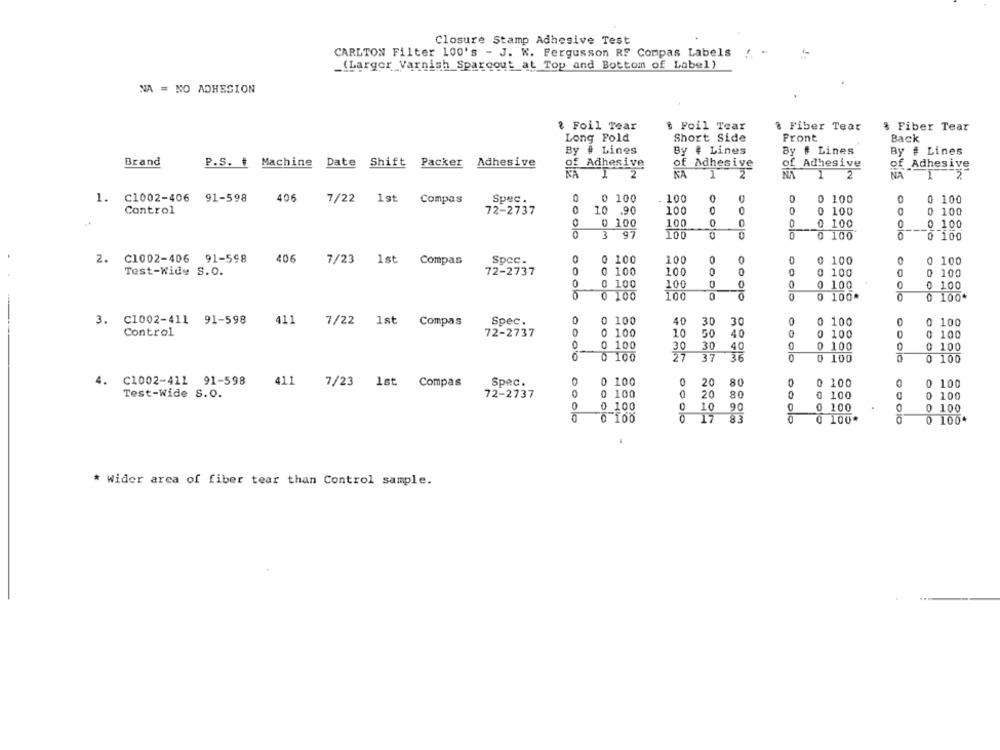
Closure Stamp Adhesive Test
CARLTON Filter 100's - J. W. Fergusson RS Compas Labels
(Larger_Varnish Sparcout at Top and Bottom of Label)
NA = NO ADHESION
@ Foil Tear
$ Foil Tear
& Fiber Tear
8 Fiber Tear
Long Pold
Short Side
Front
Back
By # Lines
By # Lines
By # Lines
By # Lines
Brand
P.S. # Machine Date
Shift
Packer Adhesive
of Adhesive
of Adhesive
of Adhesive
of Adhesive
I
2
NA
1
2
NA
1
2
NA
1.
. C1002-406 91-598
406
7/22 1st
Compas
Spec.
0
0 100
100
0 100
0
0 100
Control
72-2737
10 .90
100
0
0 100
0 100
0 100
100
0 100
0
0 100
3 97
100
DOCO
0 100
10
0 100
2. C1002-406 91-598
406
7/23 1st Compas
SpCc.
0
0 100
100
0
0 100
0 100
Test-Wide S.O.
0
0 100
0
72-2737
100
0 100
0 100
0
0 100
100
0 100
0 100
0 100
100
0 100*
0 100*
3. C1002-411 91-598
411
7/22 1st Compas
Spec.
0
0 100
40
30
30
0 100
0
0 100
Control
72-2737
0 100
10
50
40
0
0 100
0 100
0 100
30
30
40
0
0 100
0 100
0 100
27
37
316
0 100
0 100
4.
C1002-411 91-598
411
Spec.
0 100
0
20
80
0 100
0
7/23 1st Compas
0 100
Test-Wide S.O.
72-2737
100
0
20
0
0 100
100
0
10
0 100
90
0 100
0
0 100
0 100
17
83
0 100*
0 100+
* wider area of fiber tear than Control sample.